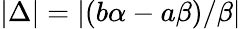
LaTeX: |\Delta|=|(b\alpha-a\beta)/\beta|